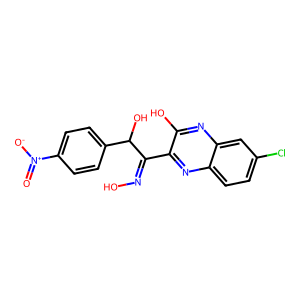
SMILES: O=[N+]([O-])c1ccc(C(O)C(=NO)c2nc3ccc(Cl)cc3nc2O)cc1
Inhibits HIV replication: No